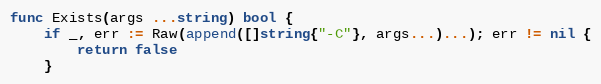
Language: Go
func Exists(args ...string) bool {
	if _, err := Raw(append([]string{"-C"}, args...)...); err != nil {
		return false
	}